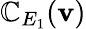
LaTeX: \mathbb{C}_{E_{1}}(\mathbf{{v}})